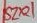
Text: SZ101